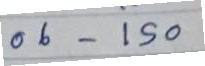
06 - 150